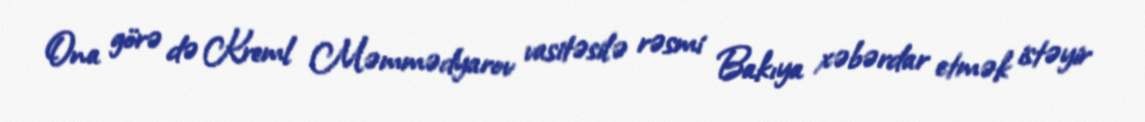
Ona görə də Kreml Məmmədyarov vasitəsilə rəsmi Bakıya xəbərdar etmək istəyir